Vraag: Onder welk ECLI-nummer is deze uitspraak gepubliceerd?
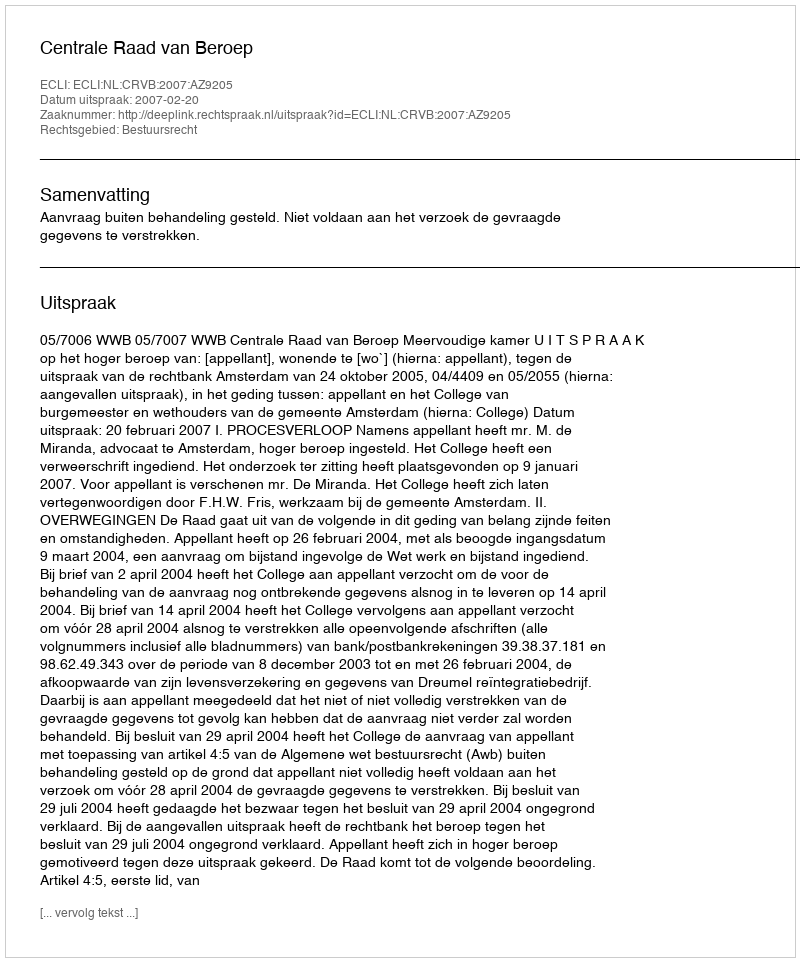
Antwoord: ECLI:NL:CRVB:2007:AZ9205